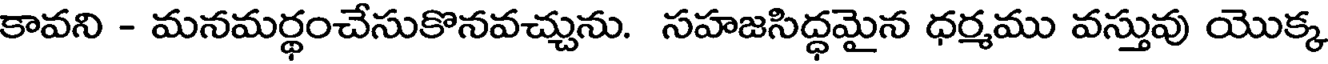
కావని - మనమర్థంచేసుకొనవచ్చును. సహజసిద్ధమైన ధర్మము వస్తువు యొక్క